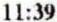
11:39